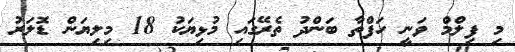
މި ފިލްމް ވަނީ ހަފްތާ ބަންދު ތެރޭގައި މުޅިޔަކު 18 މިލިޔަން ޑޮލަރު